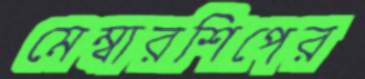
মেম্বারশিপের